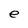
Character: e